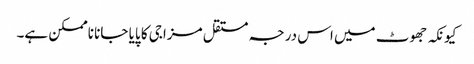
کیونکہ جھوٹ میں اس درجہ مستقل مزاجی کا پایا جانا ناممکن ہے۔